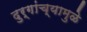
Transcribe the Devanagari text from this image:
दुर्गांच्यामुळे